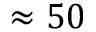
\approx 5 0